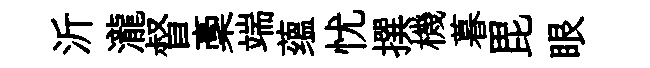
沂瀧督稾端蕴忧撰機暮毘眼